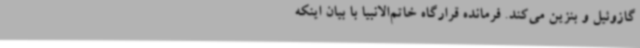
گازوئیل و بنزین می‌کند. فرمانده قرارگاه خاتم‌الانبیا با بیان اینکه